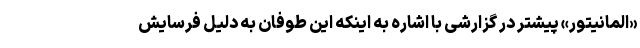
«المانیتور» پیشتر در گزارشی با اشاره به اینکه این طوفان به دلیل فرسایش